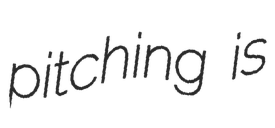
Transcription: pitching is